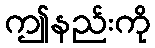
ဤနည်းကို